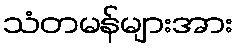
သံတမန်များအား